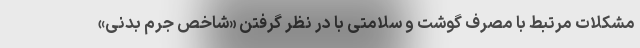
مشکلات مرتبط با مصرف گوشت و سلامتی با در نظر گرفتن «شاخص جرم بدنی»